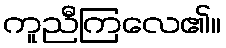
ကူညီကြလေ၏။